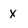
Character: X